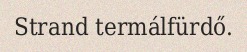
Strand termálfürdő.